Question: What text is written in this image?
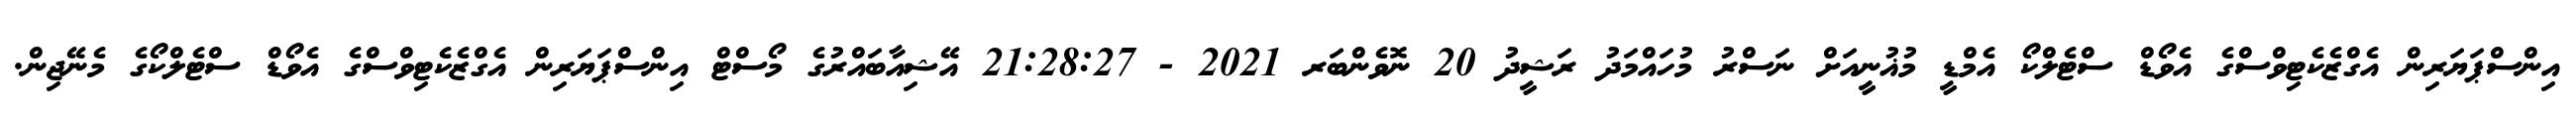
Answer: އިންސްޕަޔަރިން އެގްޒެކެޓިވްސްގެ އެވޯޑް ސްޓެލްކޯ އެމްޑީ މުޣުނީއަށް ނަސްރު މުހައްމަދު ރަޝީދު 20 ނޮވެންބަރ 2021 - 21:28:27 އޭޝިއާބައްރުގެ މޯސްޓް އިންސްޕަޔަރިން އެގްޒެކެޓިވްސްގެ އެވޯޑް ސްޓެލްކޯގެ މެނޭޖިން.